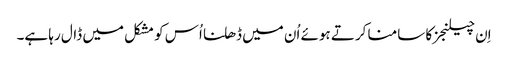
اِن چیلنجز کا سامنا کرتے ہوئے اُن میں ڈھلنا اُس کو مشکل میں ڈال رہا ہے۔